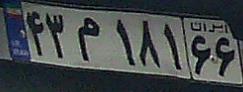
۴۳م۱۸۱۶۶